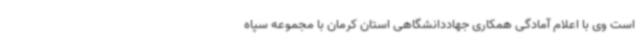
است وی با اعلام آمادگی همکاری جهاددانشگاهی استان کرمان با مجموعه سپاه